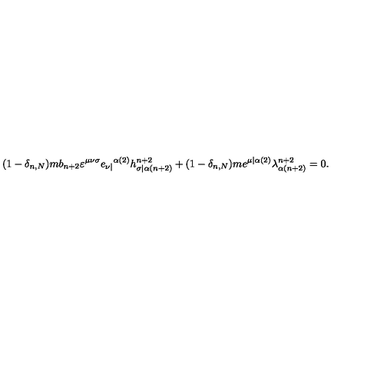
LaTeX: ( 1 - \delta _ { n , N } ) m b _ { n + 2 } \varepsilon ^ { \mu \nu \sigma } e _ { \nu | } { } ^ { \alpha ( 2 ) } h _ { \sigma | \alpha ( n + 2 ) } ^ { n + 2 } + ( 1 - \delta _ { n , N } ) m e ^ { \mu | \alpha ( 2 ) } \lambda _ { \alpha ( n + 2 ) } ^ { n + 2 } = 0 .